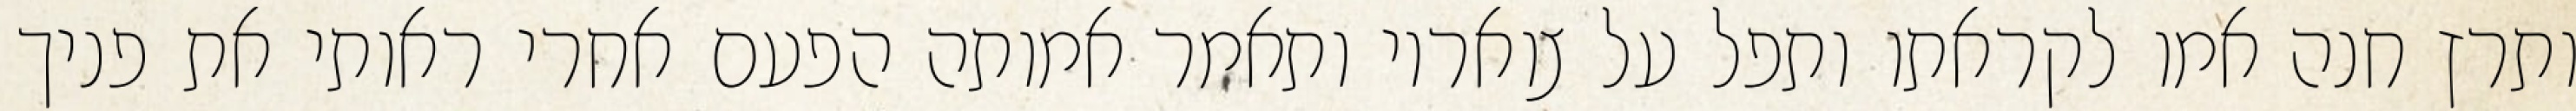
ותרץ חנה אמו לקראתו ותפל על צואריו ותאמר אמותה הפעם אחרי ראותי את פניך